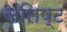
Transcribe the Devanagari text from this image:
संलिष्ट